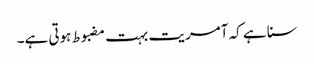
سنا ہے کہ آمریت بہت مضبوط ہوتی ہے۔